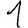
Digit: 1